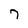
Character: 7